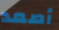
أصعد